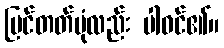
မြင်တတ်ပုံလည်း ပါဝင်၏။